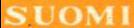
SUOMI